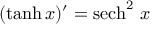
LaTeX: ( \operatorname { t a n h } x ) ^ { \prime } = { \operatorname { s e c h } ^ { 2 } \, x }